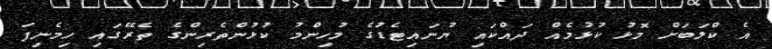
އެ ކްލަބަށް މޮޅު ކުޅުމެއް ދައްކައި ޔުނައިޓެޑުގެ މުހިންމު ކުޅުންތެރިންގެ ތެރޭގައި ހިމެނިފަ